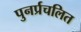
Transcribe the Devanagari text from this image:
पुनर्प्रचलित